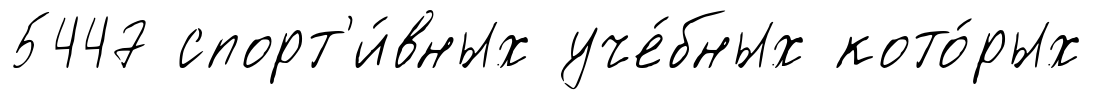
5447 спорт'и́вных уче́бных кото́рых